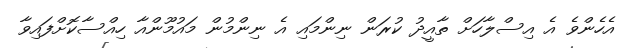
އެހެންވެ އެ އިސްލާހަށް ތާއީދު ކުރަން ނިންމައި އެ ނިންމުން މައުމޫންއާ ހިއްސާކޮށްފައިވާ